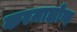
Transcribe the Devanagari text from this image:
करमाझोव्ह